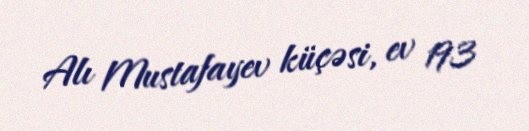
Alı Mustafayev küçəsi, ev 193